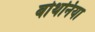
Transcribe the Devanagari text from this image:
बोथनिया